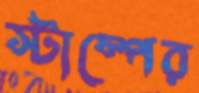
স্টাম্পের